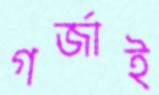
গর্জাই